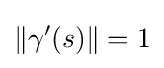
\|\gamma '(s)\|=1